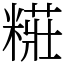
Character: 糚